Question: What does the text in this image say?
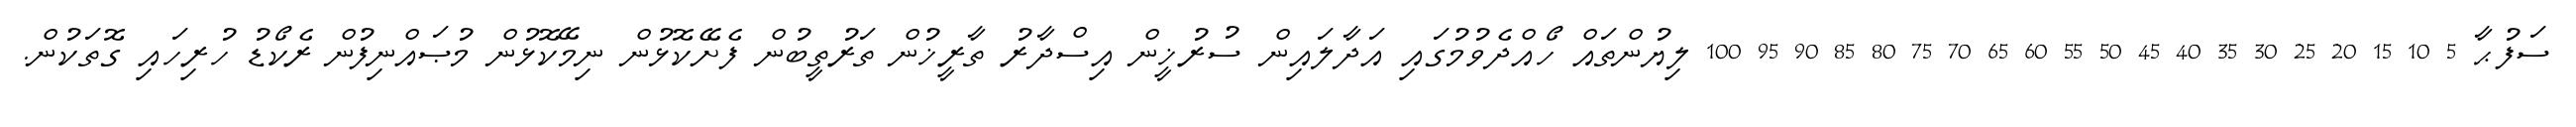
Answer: ސަފުޙާ 5 10 15 20 25 30 35 40 45 50 55 60 65 70 75 80 85 90 95 100 ލިޔުންތައް ހޯއްދެވުމުގައި އަދާލައިން ސުރުޚީން އިސްދާރު ތާރީޚުން ތަރުތީބުން ފެށޭކޮޅުން ނިމޭކޮޅުން މުޞައްނިފުން ރެކޯޑު ހުރިހައި ގޮތަކުން.